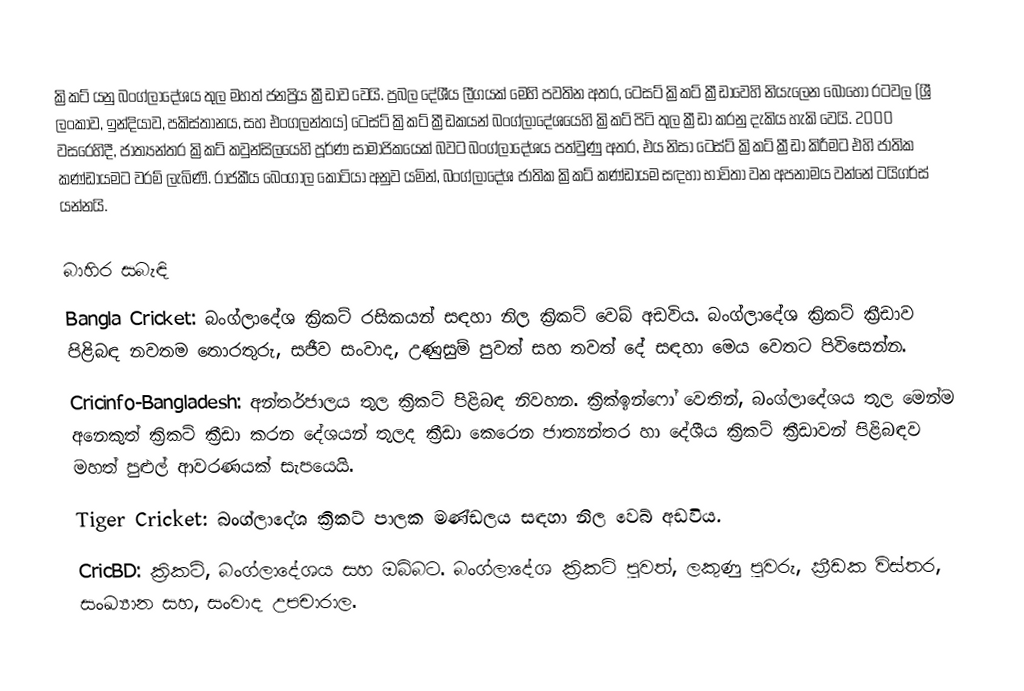
ක්‍රිකට් යනු බංග්ලාදේශය තුල මහත් ජනප්‍රිය ක්‍රීඩාව වෙයි. ප්‍රබල දේශීය ලීගයක් මෙහි පවතින අතර, ටෙසට් ක්‍රිකට් ක්‍රීඩාවෙහි නියැලෙන බොහෝ රටවල (ශ්‍රී ලංකාව, ඉන්දියාව, පකිස්තානය, සහ එංගලන්තය) ටෙස්ට් ක්‍රිකට් ක්‍රීඩකයන් බංග්ලාදේශයෙහි ක්‍රිකට් පිටි තුල ක්‍රීඩා කරනු දැකිය හැකි වෙයි.  2000 වසරෙහිදී, ජාත්‍යන්තර ක්‍රිකට් කවුන්සිලයෙහි පූර්ණ සාමාජිකයෙක් බවට බංග්ලාදේශය පත්වුණු අතර, එය නිසා  ටෙස්ට් ක්‍රිකට් ක්‍රීඩා කිරීමට එහි ජාතික කණ්ඩායමට වරම් ලැබිණි. රාජකීය බෙංගාල කොටියා අනුව යමින්, බංග්ලාදේශ ජාතික ක්‍රිකට් කණ්ඩායම සඳහා භාවිතා වන අපනාමය වන්නේ ටයිගර්ස් යන්නයි.

බාහිර සබැඳි
 Bangla Cricket: බංග්ලාදේශ ක්‍රිකට් රසිකයන් සඳහා නිල ක්‍රිකට් වෙබ් අඩවිය. බංග්ලාදේශ ක්‍රිකට් ක්‍රීඩාව පිළිබඳ නවතම තොරතුරු, සජීව සංවාද, උණුසුම් පුවත් සහ තවත් දේ සඳහා මෙය වෙතට පිවිසෙන්න.
 Cricinfo-Bangladesh: අන්තර්ජාලය තුල ක්‍රිකට් පිළිබඳ නිවහන. ක්‍රික්ඉන්ෆෝ වෙතින්, බංග්ලාදේශය තුල මෙන්ම අනෙකුත් ක්‍රිකට් ක්‍රීඩා කරන දේශයන් තුලද ක්‍රීඩා කෙරෙන ජාත්‍යන්තර හා දේශීය ක්‍රිකට් ක්‍රීඩාවන් පිළිබඳව මහත් පුළුල් ආවරණයක් සැපයෙයි.
 Tiger Cricket: බංග්ලාදේශ ක්‍රිකට් පාලක මණ්ඩලය සඳහා නිල වෙබ් අඩවිය.
 CricBD: ක්‍රිකට්, බංග්ලාදේශය සහ ඔබ්බට. බංග්ලාදේශ ක්‍රිකට් පුවත්, ලකුණු පුවරු, ක්‍රීඩක විස්තර, සංඛ්‍යාන සහ, සංවාද උපචාරාල.